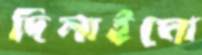
দিলাইমো